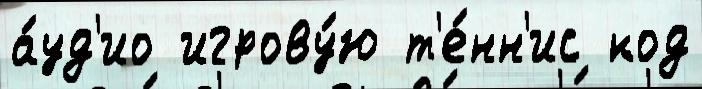
а́уд'ио игрову́ю т'е́нн'ис код